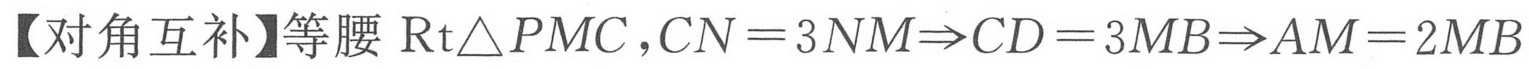
【对角互补】等腰\(\text{Rt}\triangle PMC\)，\(CN = 3NM\Rightarrow CD = 3MB\Rightarrow AM = 2MB\)